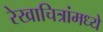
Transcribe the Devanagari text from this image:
रेखाचित्रांमध्ये